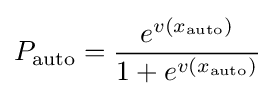
P_{\text{auto}}={\frac {e^{v(x_{\text{auto}})}}{1+e^{v(x_{\text{auto}})}}}